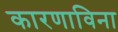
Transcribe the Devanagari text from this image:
कारणाविना